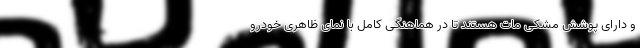
و دارای پوشش مشکی مات هستند تا در هماهنگی کامل با نمای ظاهری خودرو